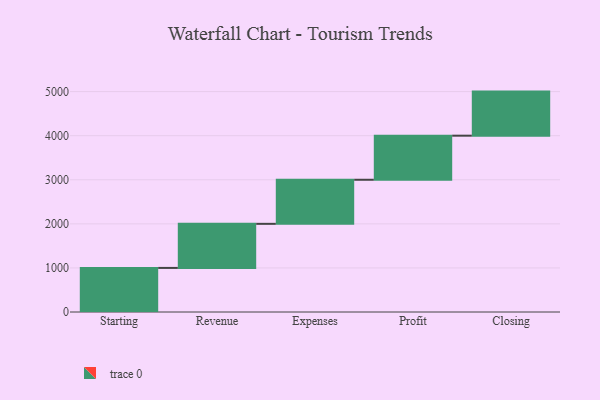
{"axis": {"x": "Step", "y": "Value"}, "legend": [""], "data": [{"x": "Starting", "y": 1000, "type": ""}, {"x": "Revenue", "y": 1000, "type": ""}, {"x": "Expenses", "y": 1000, "type": ""}, {"x": "Profit", "y": 1000, "type": ""}, {"x": "Closing", "y": 1000, "type": ""}]}